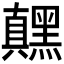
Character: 𬹙